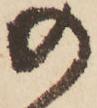
の